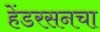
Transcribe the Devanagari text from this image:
हेंडरसनचा